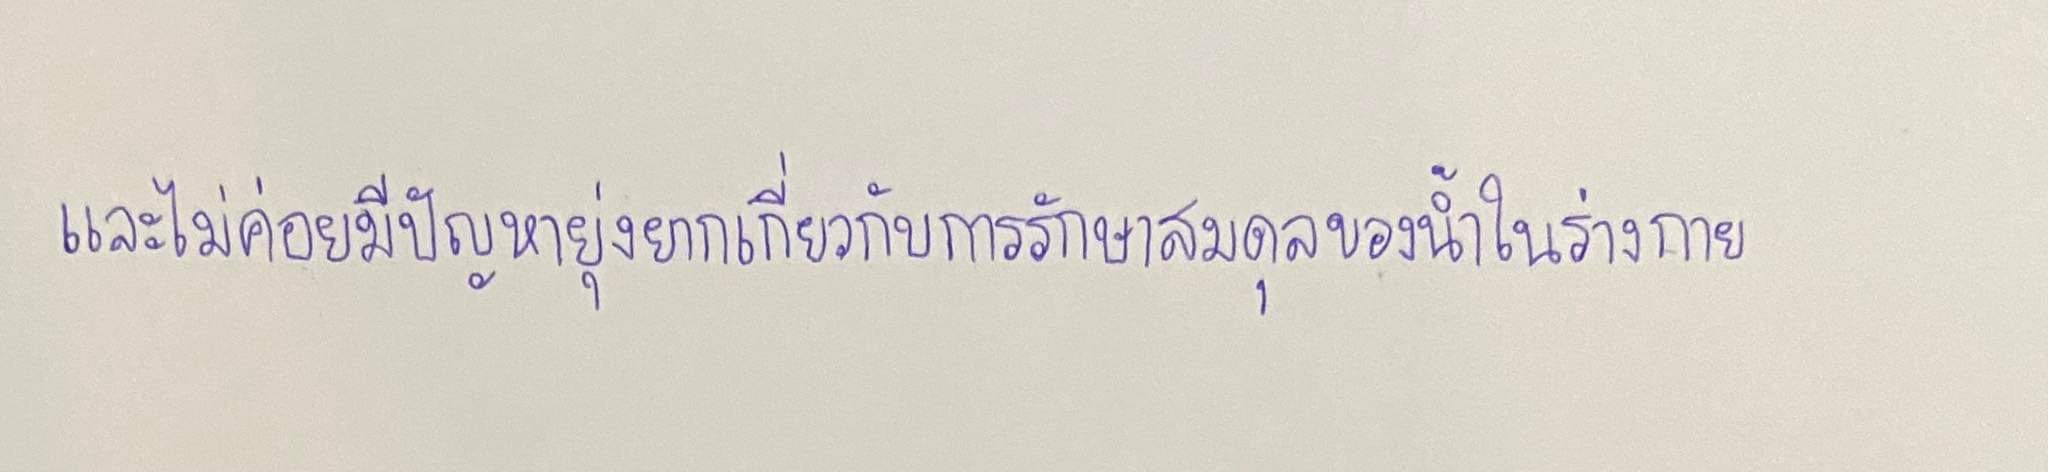
และไม่ค่อยมีปัญหายุ่งยากเกี่ยวกับการรักษาสมดุลของน้ำในร่างกาย